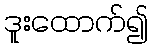
ဒူးထောက်၍